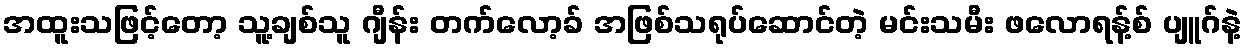
အထူးသဖြင့်တော့ သူ့ချစ်သူ ဂျီန်း တက်လော့ခ် အဖြစ်သရုပ်ဆောင်တဲ့ မင်းသမီး ဖလောရန့်စ် ပျူဂ်နဲ့